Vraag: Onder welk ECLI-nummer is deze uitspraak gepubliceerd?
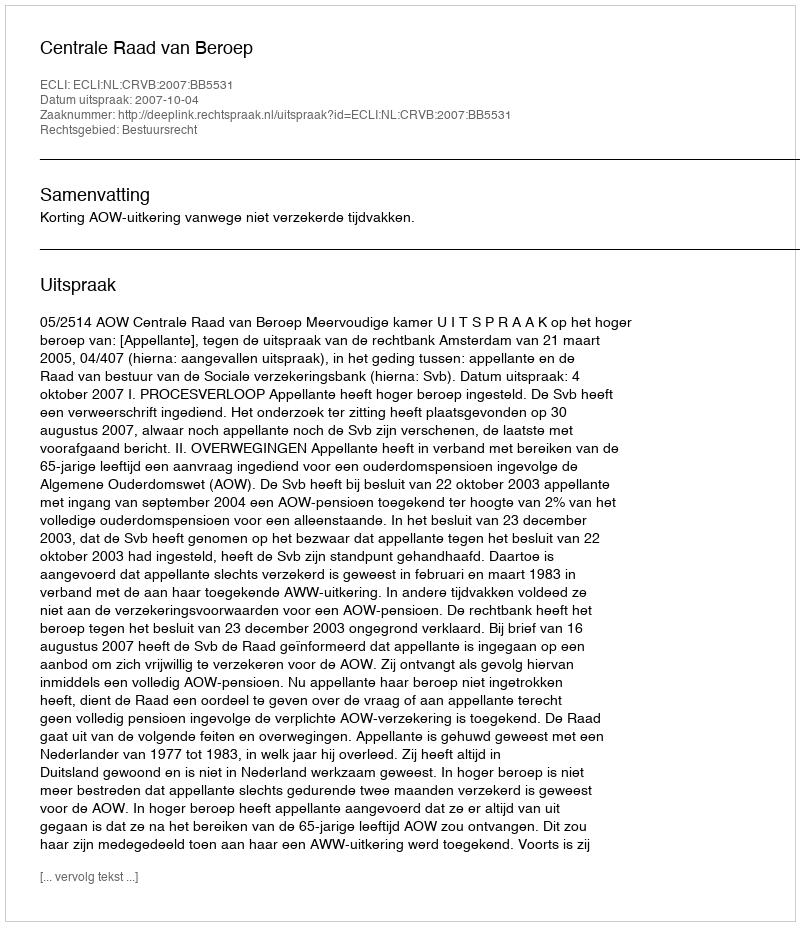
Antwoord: ECLI:NL:CRVB:2007:BB5531